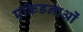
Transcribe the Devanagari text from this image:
एकिडनाओं